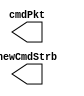
`timescale 1ns / 1ps
//////////////////////////////////////////////////////////////////////////////////
// Company: 
// Engineer: 
// 
// Design Name: 
// Module Name:    form_packet_mod 
// Project Name: 
// Target Devices: 
// Tool versions: 
// Description: 
//
// Dependencies: 
//
// Revision: 
// Revision 0.01 - File Created
// Additional Comments: 
//
//////////////////////////////////////////////////////////////////////////////////
module form_packet_mod(
    output [47:0] cmdPkt,
    output newCmdStrb
    );


endmodule